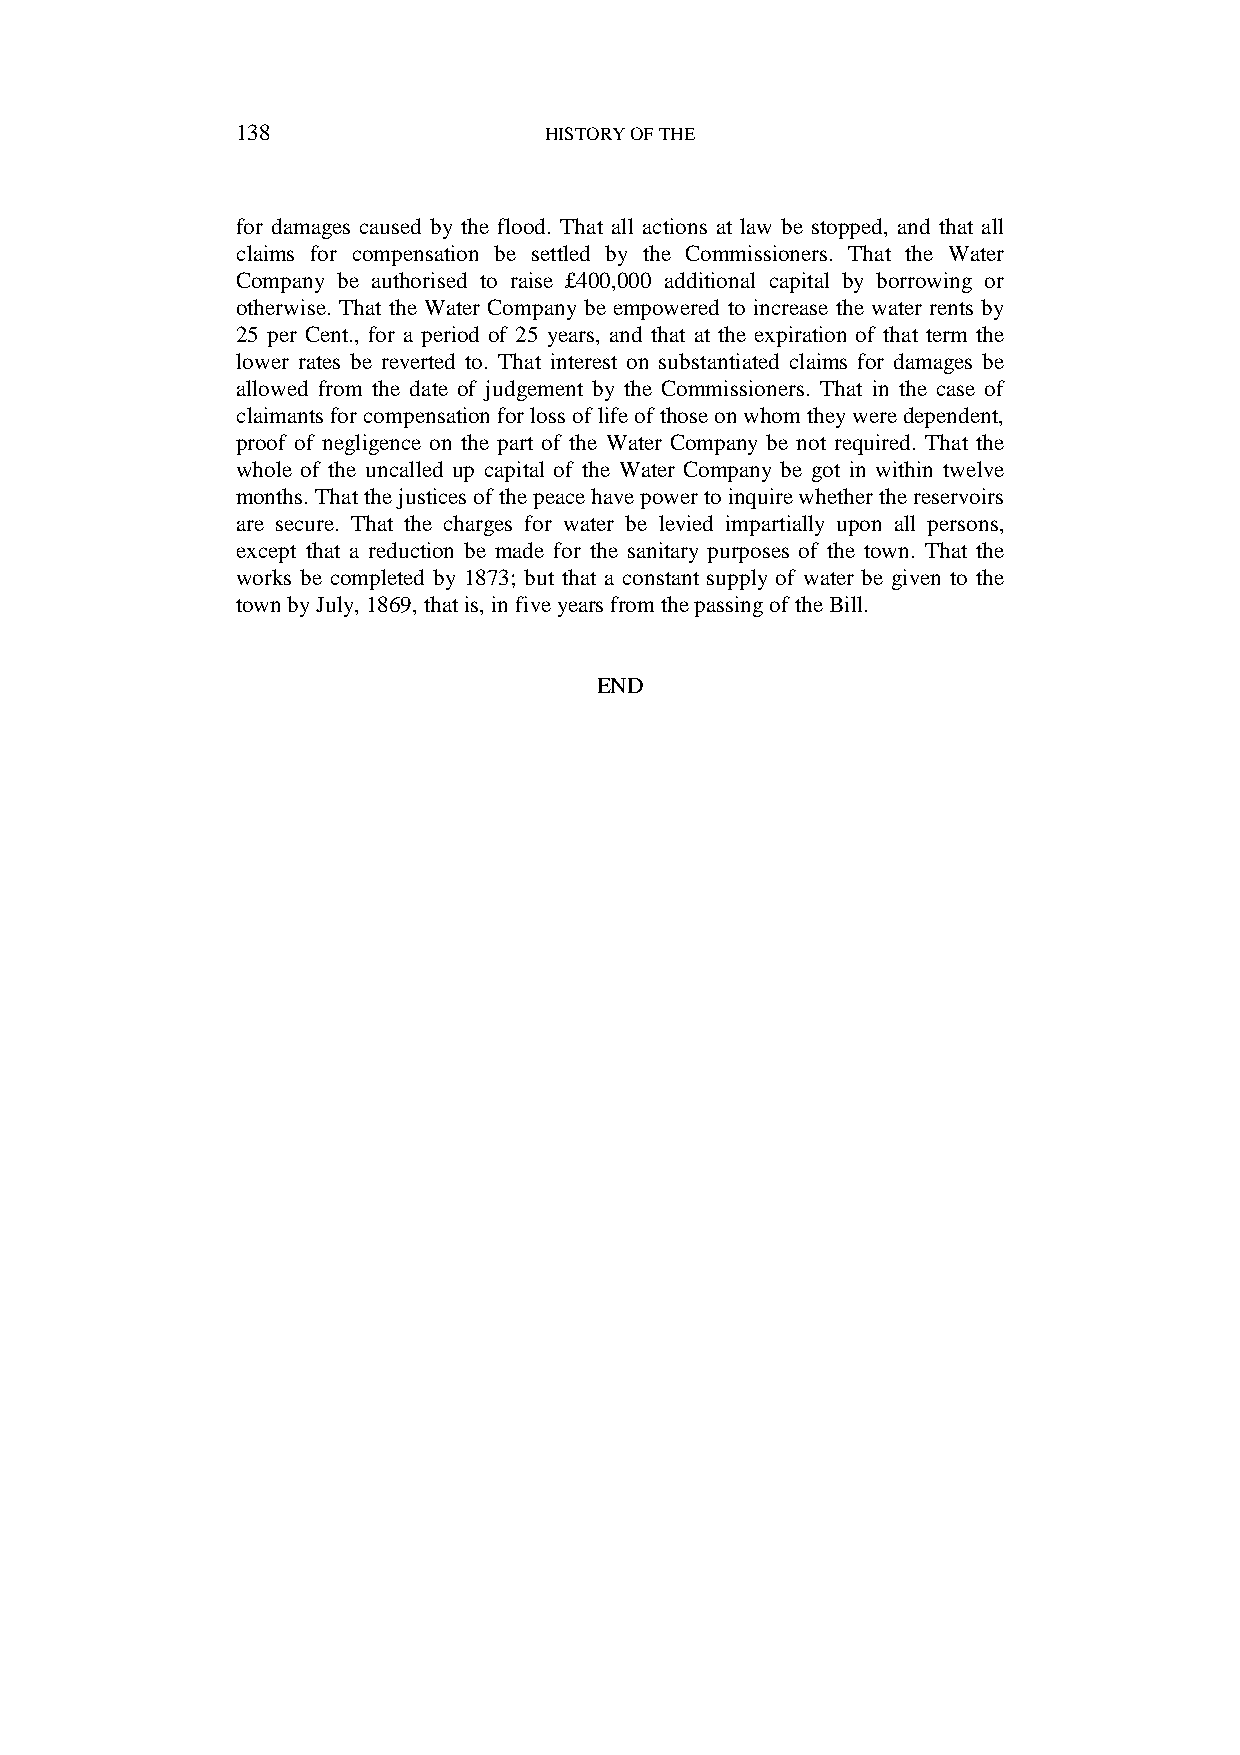
138                 HISTORY OF THE
 for damages caused by the flood. That all actions at law be stopped, and that all
 claims for compensation be settled by the Commissioners. That the Water
 Company be authorised to raise £400,000 additional capital by borrowing or
 otherwise. That the Water Company be empowered to increase the water rents by
 25 per Cent., for a period of 25 years, and that at the expiration of that term the
 lower rates be reverted to. That interest on substantiated claims for damages be
 allowed from the date of judgement by the Commissioners. That in the case of
 claimants for compensation for loss of life of those on whom they were dependent,
 proof of negligence on the part of the Water Company be not required. That the
 whole of the uncalled up capital of the Water Company be got in within twelve
 months. That the justices of the peace have power to inquire whether the reservoirs
 are secure. That the charges for water be levied impartially upon all persons,
 except that a reduction be made for the sanitary purposes of the town. That the
 works be completed by 1873; but that a constant supply of water be given to the
 town by July, 1869, that is, in five years from the passing of the Bill.
 END